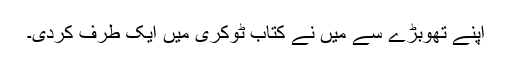
اپنے تھوبڑے سے میں نے کتاب ٹوکری میں ایک طرف کردی۔